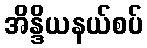
အိန္ဒိယနယ်စပ်